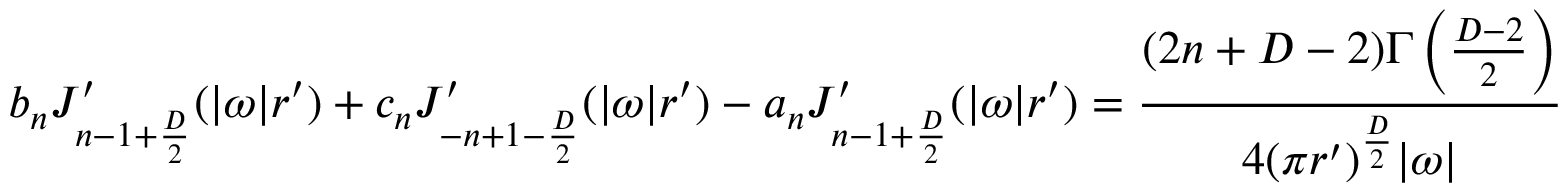
b _ { n } J _ { n - 1 + { \frac { D } { 2 } } } ^ { \prime } ( | \omega | r ^ { \prime } ) + c _ { n } J _ { - n + 1 - { \frac { D } { 2 } } } ^ { \prime } ( | \omega | r ^ { \prime } ) - a _ { n } J _ { n - 1 + { \frac { D } { 2 } } } ^ { \prime } ( | \omega | r ^ { \prime } ) = { \frac { ( 2 n + D - 2 ) \Gamma \left( { \frac { D - 2 } { 2 } } \right) } { 4 ( \pi r ^ { \prime } ) ^ { \frac { D } { 2 } } | \omega | } }